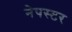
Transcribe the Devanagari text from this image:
नेपस्टर